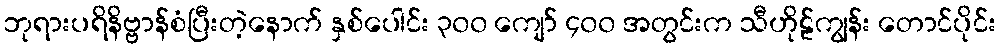
ဘုရားပရိနိဗ္ဗာန်စံပြီးတဲ့နောက် နှစ်ပေါင်း ၃၀၀ ကျော် ၄၀၀ အတွင်းက သီဟိုဠ်ကျွန်း တောင်ပိုင်း